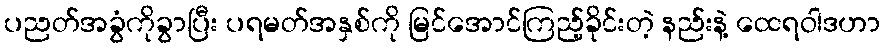
ပညတ်အခွံကိုခွာပြီး ပရမတ်အနှစ်ကို မြင်အောင်ကြည့်ခိုင်းတဲ့ နည်းနဲ့ ထေရဝါဒဟာ